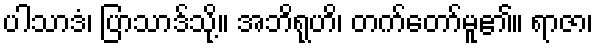
ပါသာဒံ၊ ပြာသာဒ်သို့။ အဘိရုဟိ၊ တက်တော်မူ၏။ ရာဇာ၊